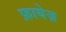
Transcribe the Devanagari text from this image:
फ़ायेज़